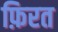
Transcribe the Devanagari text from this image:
फ़िरत